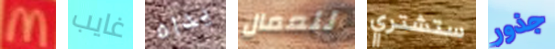
M غايب يداه للعمال ستشتري جذور